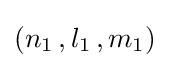
{\textstyle (n_{1}\,,l_{1}\,,m_{1})}